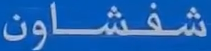
شفشاون